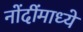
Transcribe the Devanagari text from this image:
नोंदींमाध्ये